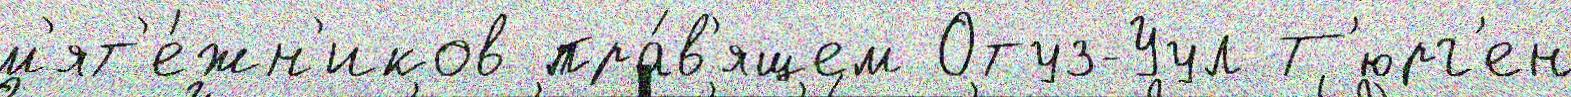
м'ят'е́жн'иков пра́в'ящем Отуз-Уул Т'юрг'ен